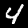
Label: 4